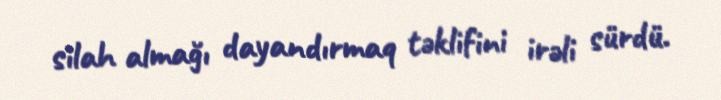
silah almağı dayandırmaq təklifini irəli sürdü.